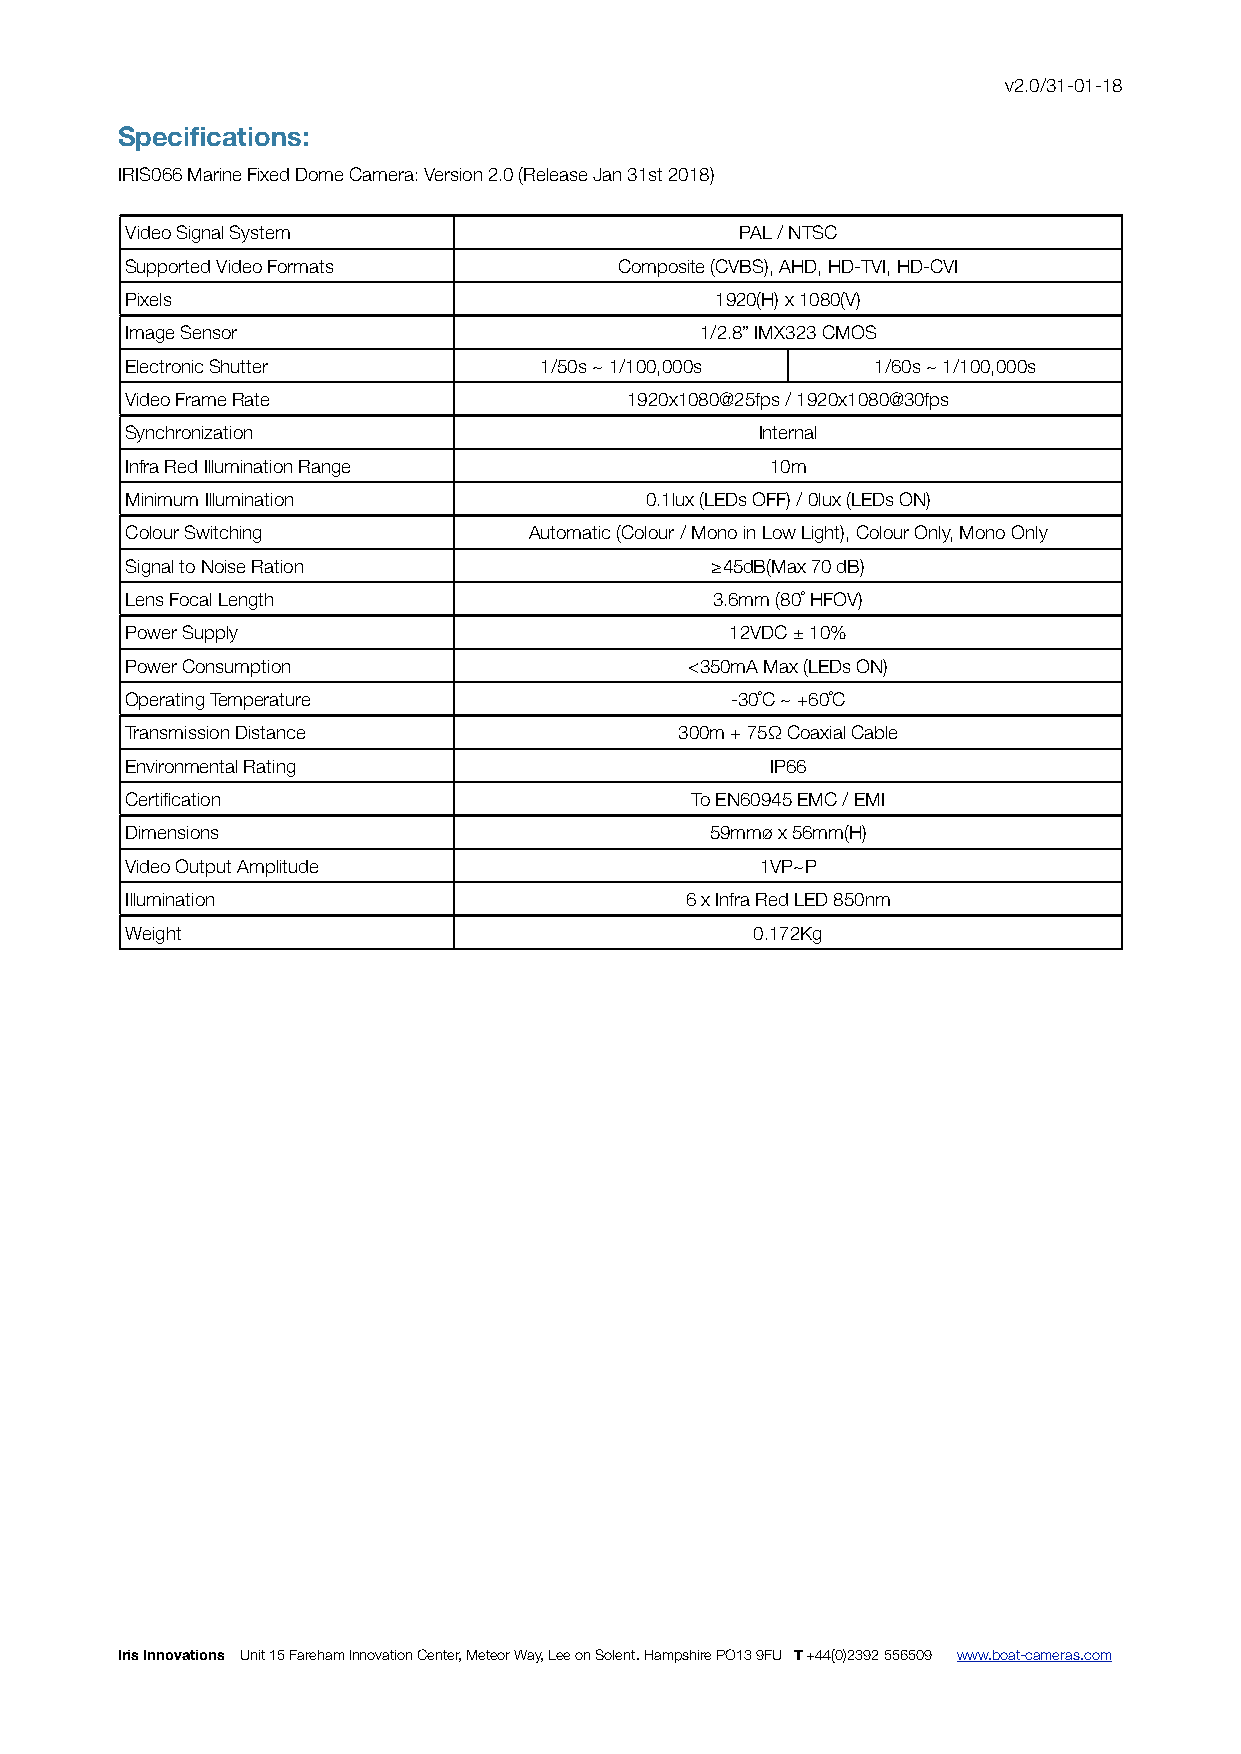
v2.0/31-01-18
 Specifications:
 IRIS066 Marine Fixed Dome Camera: Version 2.0 (Release Jan 31st 2018)
 Video Signal System                      PPAALL // NNTTSSCC
 Supported Video Formats          CCoommppoossiittee ((CCVVBBSS)),, AAHHDD,, HHDD--TTVVII,, HHDD--CCVVII
 Pixels                                 11992200((HH)) xx 11008800((VV))
 Image Sensor                          11//22..88”” IIMMXX332233 CCMMOOSS
 Electronic Shutter          1/50s ~ 1/100,000s    1/60s ~ 1/100,000s
 Video Frame Rate                 11992200xx11008800@@2255ffppss // 11992200xx11008800@@3300ffppss
 Synchronization                           IInntteerrnnaall
 Infra Red Illumination Range               1100mm
 Minimum Illumination               00..11lluuxx ((LLEEDDss OOFFFF)) // 00lluuxx ((LLEEDDss OONN))
 Colour Switching           AAuuttoommaattiicc ((CCoolloouurr // MMoonnoo iinn LLooww LLiigghhtt)),, CCoolloouurr OOnnllyy,, MMoonnoo OOnnllyy
 Signal to Noise Ration                 ≥≥4455ddBB((MMaaxx 7700 ddBB))
 Lens Focal Length                      33..66mmmm ((8800˚˚ HHFFOOVV))
 Power Supply                            1122VVDDCC ±± 1100%%
 Power Consumption                     <<335500mmAA MMaaxx ((LLEEDDss OONN))
 Operating Temperature                   --3300˚˚CC ~~ ++6600˚˚CC
 Transmission Distance                330000mm ++ 7755ΩΩ CCooaaxxiiaall CCaabbllee
 Environmental Rating                       IIPP6666
 Certification                         TToo EENN6600994455 EEMMCC // EEMMII
 Dimensions                             5599mmmmøø xx 5566mmmm((HH))
 Video Output Amplitude                    11VVPP~~PP
 Illumination                         66 xx IInnffrraa RReedd LLEEDD 885500nnmm
 Weight                                    00..117722KKgg
 Iris Innovations Unit 15 Fareham Innovation Center, Meteor Way, Lee on Solent. Hampshire PO13 9FU T +44(0)2392 556509 www.boat-cameras.com